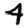
Digit: 4